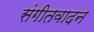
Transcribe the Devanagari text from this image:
संगीतवादन